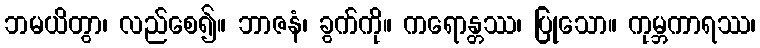
ဘမယိတွာ၊ လည်စေ၍။ ဘာဇနံ၊ ခွက်ကို။ ကရောန္တဿ၊ ပြုသော။ ကုမ္ဘကာရဿ၊